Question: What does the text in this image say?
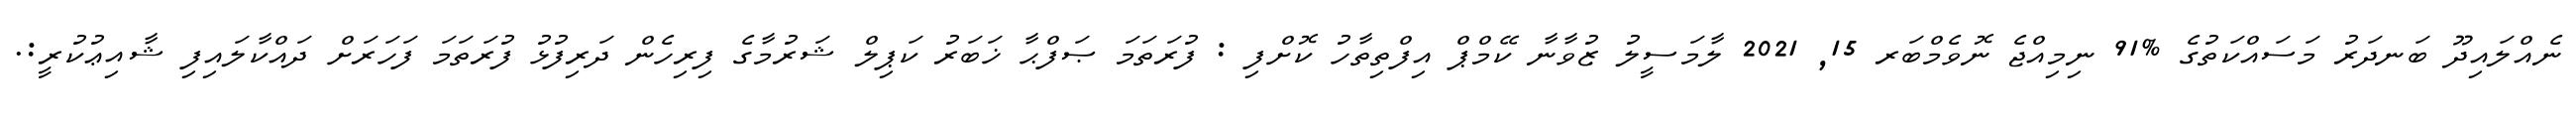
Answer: ނެއްލައިދޫ ބަނދަރު މަސައްކަތުގެ %91 ނިމިއްޖެ ނޮވެމްބަރ 15, 2021 ލާމަސީލު ޒުވާނާ ކޭމްޕް އިފްތިތާހު ކޮށްފި : ފުރަތަމަ ޞަފްޙާ ޚަބަރު ކަޕިލް ޝަރުމާގެ ފިރިހެން ދަރިފުޅު ފުރަތަމަ ފަހަރަށް ދައްކާލައިފި ޝާއިޢުކުރީ:.